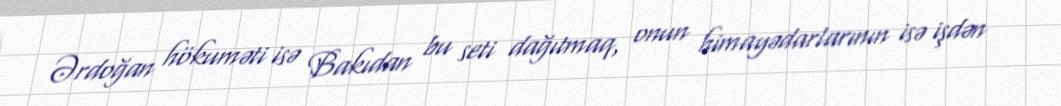
Ərdoğan hökuməti isə Bakıdan bu seti dağıtmaq, onun himayədarlarının isə işdən